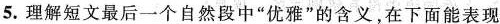
5.理解短文最后一个自然段中“优雅”的含义，在下面能表现